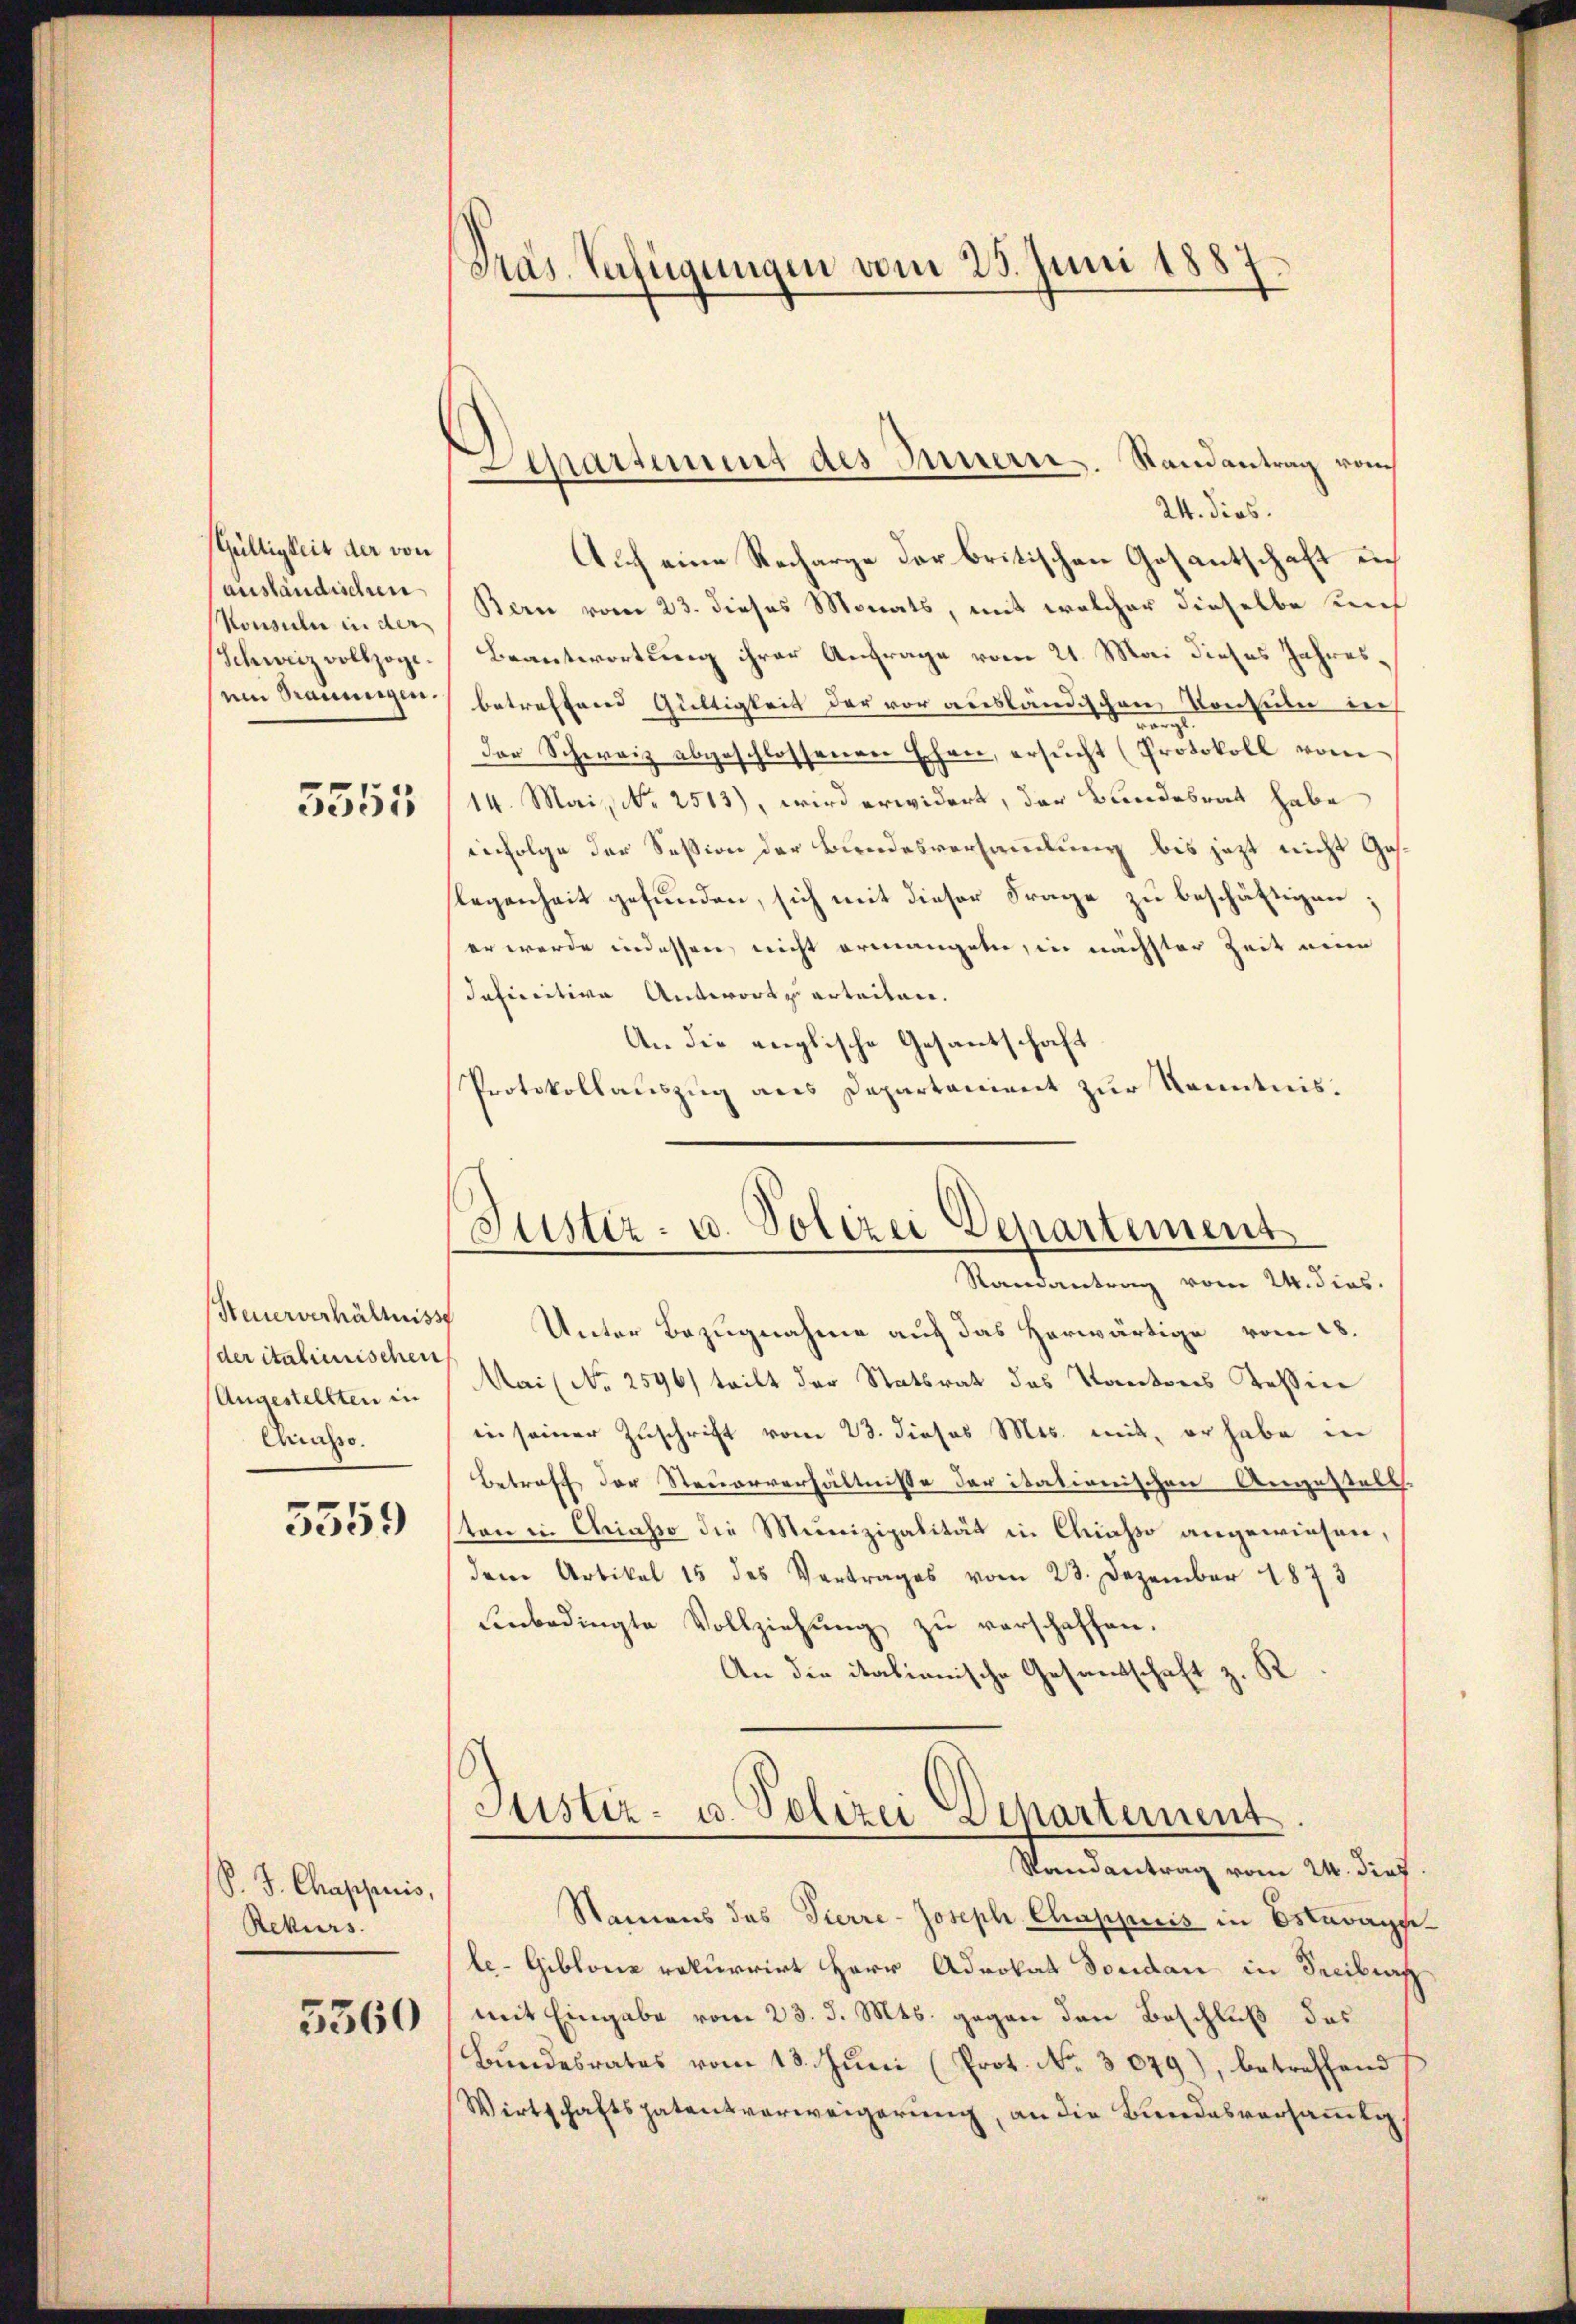
Gültigkeit der von
anständischen
Konsuln in der
Schweiz vollzoge
sein Raumigen.

5551

Steuerverhältniss
(der italienischen
Angestellten in
Ciusso.

5559

P. J. Chappuis,
Rekurs.

5360

Pras. Verfügungen vom 25. Juni 1887

Departement des Innern. Randantrag vom

24. dies.
Auf eine Recharge der britischen Gesantschaft in
Bern vom 23. dieses Monats, mit welcher dieselbe unf
Beantwortung ihrer Anfrage vom 21. Mai dieses Jahresbetreffend Gültigkeit der vor ausländischen Konsulen nach
range
der Schweiz abgeschlossenen Ehen, ersŭcht (Protokoll vom
14. Mai, No 2513), wird erwidert, der Bundesrat habe
infolge der Session der Bundesversammlung bis jetzt nicht Gaslegenheit gefunden, sich mit dieser Frage zu beschäftigen;
er werde indessen, nicht ermangeten, in nächster Zeit eine
Iefinitive Antwort erteilen.
An die englische Gesantschaft
Protokollauszug aus Departanient zur Kenntnis.

Justiz- u. Polizei Departement
Randantrag vom 24. dies.

Unter Bezugnahme auf das Herwärtige vom 18.
Mai (No 2596) teilt der Statsrat das Kantons Tessier
in seiner Zuschrift vom 23. Jiosos Mts. mit, er habe in
Betreff der Steuerverhältnisse der itationischen Angestalt
ton in Chriasso die Munizipalität in Chiasso angewiesen,
dem Artikel 15 des Vertrages vom 23. Dezember 1873
einbedingte Vollziehung zu verschaffen.
An die italienische Gesandschaft z. S.
Justiz- u. Polizei Departement
Randantrag vom 24. dies
Namens das Tierre-Joseph Chappuis in Estavaypele-Giblone rekurrirt Herr Advokat Dondan in Secibias
mit Eingabe vom 23. d. Mts. gegen den Beschluß das
Bundesrates vom 18. Jŭni (Prot. No. 3079), betreffend
Wirtschaftspatentverweigerung, an die Bundesversamlig